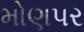
મોણપર